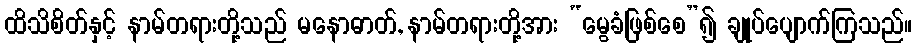
ထိသိစိတ်နှင့် နာမ်တရားတို့သည် မနောဓာတ်, နာမ်တရားတို့အား “မွေခံဖြစ်စေ”၍ ချုပ်ပျောက်ကြသည်။